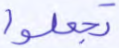
تجعلوا